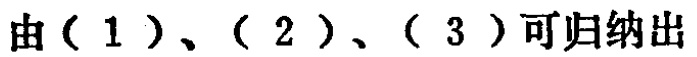
由（1）、（2）、（3）可归纳出